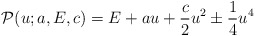
\begin{align*}\mathcal{P}(u;a,E,c)=E+au+\frac{c}{2}u^2\pm\frac{1}{4}u^4\end{align*}